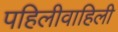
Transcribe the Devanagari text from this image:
पहिलीवाहिली